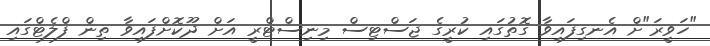
"ހަވީރަ"ށް އެނގިފައިވާ ގޮތުގައި ކުރީގެ ޖަސްޓިސް މިނިސްޓްރީ އަށް ދޫކޮށްފައިވާ ތިން ފްލެޓްގައި